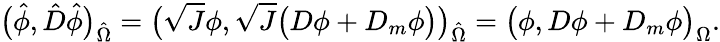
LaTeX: \big(\hat{\phi},\hat{D}\hat{\phi}\big)_{\hat{\Omega}}=\big(\sqrt{J}\phi,\sqrt{J}\big(D\phi+D_{m}\phi\big)\big)_{\hat{\Omega}}=\big(\phi,D\phi+D_{m}\phi\big)_{\Omega}.